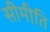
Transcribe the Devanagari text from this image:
सीमीति